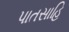
પાતસાહિ